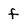
Character: f